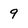
Character: 9